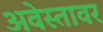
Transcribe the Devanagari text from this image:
अवेस्तावर